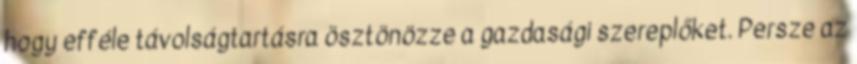
hogy efféle távolságtartásra ösztönözze a gazdasági szereplőket. Persze az